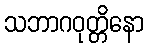
သဘာဂဝုတ္တိနော